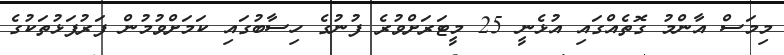
މިމަސް އާންމު ގޮތެއްގައި އުޅެނީ 25 މީޓަރަށްވުރެ ފުނުގެ ހިސާބުގައި ކަމަށްވުމުން ފަރުފަޅުތަކުގެ